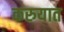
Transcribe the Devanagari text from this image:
करुयात